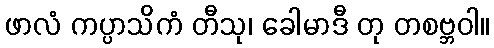
ဖာလံ ကပ္ပာသိကံ တီသု၊ ခေါမာဒီ တု တစဗ္ဘဝါ။